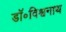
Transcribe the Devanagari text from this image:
डॉ॰विश्वनाथ